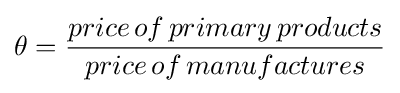
\theta ={\frac {price\,of\,primary\,products}{price\,of\,manufactures}}